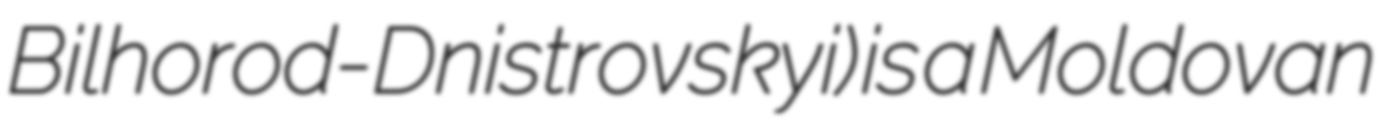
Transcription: Bilhorod-Dnistrovskyi) is a Moldovan